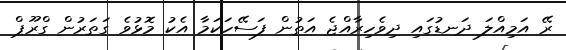
ރޭ އަމިއްލަ ދަނޑުގައި ދިވެހިރާއްޖެ އަތުން ފަސޭހަކަމާ އެކު މޮޅުވެ ގަތަރުން ގްރޫޕް